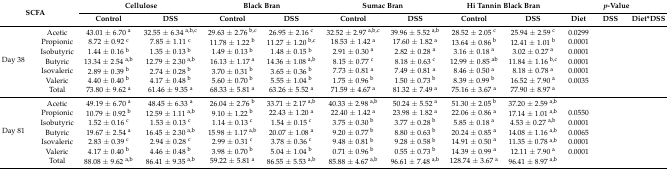
<table><thead><tr><td rowspan="2" colspan="2"><b>SCFA</b></td><td colspan="2"><b>Cellulose</b></td><td colspan="2"><b>Black Bran</b></td><td colspan="2"><b>Sumac Bran</b></td><td colspan="2"><b>Hi Tannin Black Bran</b></td><td colspan="3"><b><i>p</i>-Value </b></td></tr><tr><td><b>Control</b></td><td><b>DSS</b></td><td><b>Control</b></td><td><b>DSS</b></td><td><b>Control</b></td><td><b>DSS</b></td><td><b>Control</b></td><td><b>DSS</b></td><td><b>Diet</b></td><td><b>DSS</b></td><td><b>Diet*DSS</b></td></tr></thead><tbody><tr><td rowspan="7">Day 38</td><td>Acetic</td><td>43.01 ± 6.70 <sup>a</sup></td><td>32.55 ± 6.34 <sup>a,b,c</sup></td><td>29.63 ± 2.76 <sup>b,c</sup></td><td>26.95 ± 2.16 <sup>c</sup></td><td>32.52 ± 2.97 <sup>a,b,c</sup></td><td>39.96 ± 5.52 <sup>a,b</sup></td><td>28.52 ± 2.05 <sup>c</sup></td><td>25.94 ± 2.59 <sup>c</sup></td><td>0.0299</td><td></td><td></td></tr><tr><td>Propionic</td><td>8.72 ± 0.92 <sup>c</sup></td><td>7.85 ± 1.11 <sup>c</sup></td><td>11.78 ± 1.22 <sup>b</sup></td><td>11.27 ± 1.20 <sup>b,c</sup></td><td>18.53 ± 1.42 <sup>a</sup></td><td>17.60 ± 1.82 <sup>a</sup></td><td>13.64 ± 0.86 <sup>b</sup></td><td>12.41 ± 1.01 <sup>b</sup></td><td>0.0001</td><td></td><td></td></tr><tr><td>Isobutyric</td><td>1.44 ± 0.16 <sup>b</sup></td><td>1.35 ± 0.13 <sup>b</sup></td><td>1.49 ± 0.13 <sup>b</sup></td><td>1.48 ± 0.15 <sup>b</sup></td><td>2.91 ± 0.30 <sup>a</sup></td><td>2.82 ± 0.28 <sup>a</sup></td><td>3.16 ± 0.18 <sup>a</sup></td><td>3.02 ± 0.27 <sup>a</sup></td><td>0.0001</td><td></td><td></td></tr><tr><td>Butyric</td><td>13.34 ± 2.54 <sup>a,b</sup></td><td>12.79 ± 2.30 <sup>a,b</sup></td><td>16.13 ± 1.17 <sup>a</sup></td><td>14.36 ± 1.08 <sup>a,b</sup></td><td>8.15 ± 0.77 <sup>c</sup></td><td>8.18 ± 0.63 <sup>c</sup></td><td>12.99 ± 0.85 <sup>ab</sup></td><td>11.84 ± 1.16 <sup>b,c</sup></td><td>0.0001</td><td></td><td></td></tr><tr><td>Isovaleric</td><td>2.89 ± 0.39 <sup>b</sup></td><td>2.74 ± 0.28 <sup>b</sup></td><td>3.70 ± 0.31 <sup>b</sup></td><td>3.65 ± 0.36 <sup>b</sup></td><td>7.73 ± 0.81 <sup>a</sup></td><td>7.49 ± 0.81 <sup>a</sup></td><td>8.46 ± 0.50 <sup>a</sup></td><td>8.18 ± 0.78 <sup>a</sup></td><td>0.0001</td><td></td><td></td></tr><tr><td>Valeric</td><td>4.40 ± 0.40 <sup>b</sup></td><td>4.17 ± 0.48 <sup>b</sup></td><td>5.60 ± 0.70 <sup>b</sup></td><td>5.55 ± 1.04 <sup>b</sup></td><td>1.75 ± 0.96 <sup>b</sup></td><td>1.50 ± 0.73 <sup>b</sup></td><td>8.39 ± 0.99 <sup>b</sup></td><td>16.52 ± 7.90 <sup>a</sup></td><td>0.0035</td><td></td><td></td></tr><tr><td>Total</td><td>73.80 ± 9.62 <sup>a</sup></td><td>61.46 ± 9.35 <sup>a</sup></td><td>68.33 ± 5.81 <sup>a</sup></td><td>63.26 ± 5.52 <sup>a</sup></td><td>71.59 ± 4.67 <sup>a</sup></td><td>81.32 ± 7.49 <sup>a</sup></td><td>75.16 ± 3.67 <sup>a</sup></td><td>77.90 ± 8.97 <sup>a</sup></td><td></td><td></td><td></td></tr><tr><td rowspan="7">Day 81</td><td>Acetic</td><td>49.19 ± 6.70 <sup>a</sup></td><td>48.45 ± 6.33 <sup>a</sup></td><td>26.04 ± 2.76 <sup>b</sup></td><td>33.71 ± 2.17 <sup>a,b</sup></td><td>40.33 ± 2.98 <sup>a,b</sup></td><td>50.24 ± 5.52 <sup>a</sup></td><td>51.30 ± 2.05 <sup>b</sup></td><td>37.20 ± 2.59 <sup>a,b</sup></td><td></td><td></td><td></td></tr><tr><td>Propionic</td><td>10.79 ± 0.92 <sup>b</sup></td><td>12.59 ± 1.11 <sup>a,b</sup></td><td>9.10 ± 1.22 <sup>b</sup></td><td>22.43 ± 1.20 <sup>a</sup></td><td>22.40 ± 1.42 <sup>a</sup></td><td>23.98 ± 1.82 <sup>a</sup></td><td>22.06 ± 0.86 <sup>a</sup></td><td>17.14 ± 1.01 <sup>a,b</sup></td><td>0.0550</td><td></td><td></td></tr><tr><td>Isobutyric</td><td>1.52 ± 0.16 <sup>c</sup></td><td>1.53 ± 0.13 <sup>c</sup></td><td>1.14 ± 0.13 <sup>c</sup></td><td>1.54 ± 0.15 <sup>c</sup></td><td>3.75 ± 0.30 <sup>b</sup></td><td>3.77 ± 0.28 <sup>b</sup></td><td>5.85 ± 0.18 <sup>a</sup></td><td>4.53 ± 0.27 <sup>a,b</sup></td><td>0.0001</td><td></td><td></td></tr><tr><td>Butyric</td><td>19.67 ± 2.54 <sup>a</sup></td><td>16.45 ± 2.30 <sup>a,b</sup></td><td>15.98 ± 1.17 <sup>a,b</sup></td><td>20.07 ± 1.08 <sup>a</sup></td><td>9.20 ± 0.77 <sup>b</sup></td><td>8.80 ± 0.63 <sup>b</sup></td><td>20.24 ± 0.85 <sup>a</sup></td><td>14.08 ± 1.16 <sup>a,b</sup></td><td>0.0065</td><td></td><td></td></tr><tr><td>Isovaleric</td><td>2.83 ± 0.39 <sup>c</sup></td><td>2.94 ± 0.28 <sup>c</sup></td><td>2.99 ± 0.31 <sup>c</sup></td><td>3.78 ± 0.36 <sup>c</sup></td><td>9.48 ± 0.81 <sup>b</sup></td><td>9.28 ± 0.58 <sup>b</sup></td><td>14.91 ± 0.50 <sup>a</sup></td><td>11.35 ± 0.78 <sup>a,b</sup></td><td>0.0001</td><td></td><td></td></tr><tr><td>Valeric</td><td>4.17 ± 0.40 <sup>b</sup></td><td>4.46 ± 0.48 <sup>b</sup></td><td>3.98 ± 0.70 <sup>b</sup></td><td>5.04 ± 1.04 <sup>b</sup></td><td>0.71 ± 0.96 <sup>b</sup></td><td>0.55 ± 0.73 <sup>b</sup></td><td>14.39 ± 0.99 <sup>a</sup></td><td>12.11 ± 7.90 <sup>a</sup></td><td>0.0001</td><td></td><td></td></tr><tr><td>Total</td><td>88.08 ± 9.62 <sup>a,b</sup></td><td>86.41 ± 9.35 <sup>a,b</sup></td><td>59.22 ± 5.81 <sup>a</sup></td><td>86.55 ± 5.53 <sup>a,b</sup></td><td>85.88 ± 4.67 <sup>a,b</sup></td><td>96.61 ± 7.48 <sup>a,b</sup></td><td>128.74 ± 3.67 <sup>a</sup></td><td>96.41 ± 8.97 <sup>a,b</sup></td><td></td><td></td><td></td></tr></tbody></table>